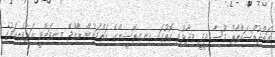
އަބްދުއްސައްތާރު މޫސާ ދީދީ ވިދާޅުވި ގޮތުގައި އިނގިރޭސީންގެ އަތްދަށުން ރާއްޖެ މިނިވަންވީ އަޅުވެތިކަމުގެ